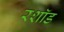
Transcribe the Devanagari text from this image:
रशॉड